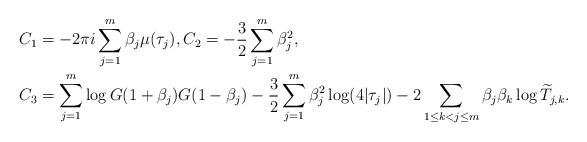
LaTeX: \begin{align*}&C_1=-2\pi i \sum_{j=1}^m \beta_{j}\mu(\tau_j),C_2=-\frac{3}{2}\sum_{j=1}^m\beta_j^2,\\&C_3=\sum_{j=1}^m\log G(1+\beta_j)G(1-\beta_j)-\frac{3}{2}\sum_{j=1}^m\beta_j^2\log(4|\tau_j|)-2\sum_{1\leq k<j\leq m}\beta_{j}\beta_{k}\log \widetilde{T}_{j,k}.\end{align*}